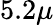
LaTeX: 5.2\mu